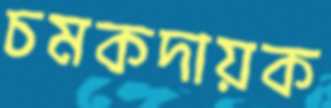
চমকদায়ক